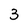
Character: 3